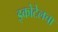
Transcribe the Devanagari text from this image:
इकोटेलचा